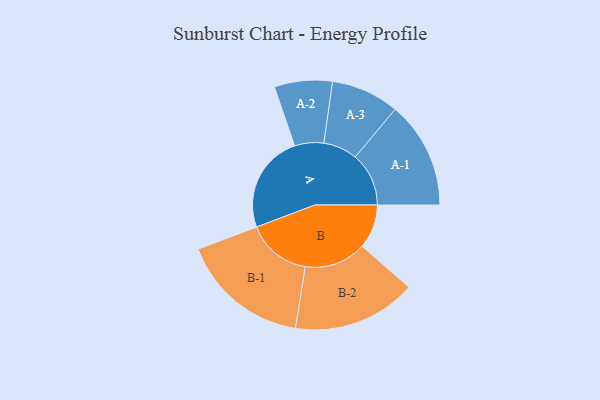
{"axis": {"x": "Segment", "y": "Value"}, "legend": ["", "A", "B"], "data": [{"x": "A", "y": 403, "type": ""}, {"x": "B", "y": 181, "type": ""}, {"x": "A-1", "y": 220, "type": "A"}, {"x": "A-2", "y": 119, "type": "A"}, {"x": "A-3", "y": 140, "type": "A"}, {"x": "B-1", "y": 265, "type": "B"}, {"x": "B-2", "y": 254, "type": "B"}]}